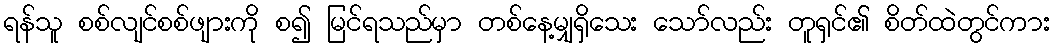
ရန်သူ စစ်လျင်စစ်ဖျားကို စ၍ မြင်ရသည်မှာ တစ်နေ့မျှရှိသေး သော်လည်း တူရှင်၏ စိတ်ထဲတွင်ကား